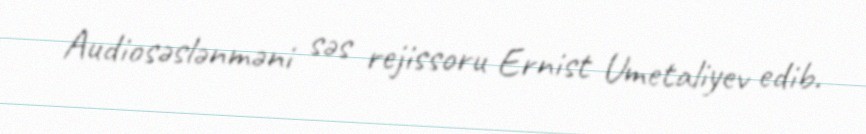
Audiosəslənməni səs rejissoru Ernist Umetaliyev edib.